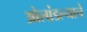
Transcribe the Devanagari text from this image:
ओलांडल्याचे